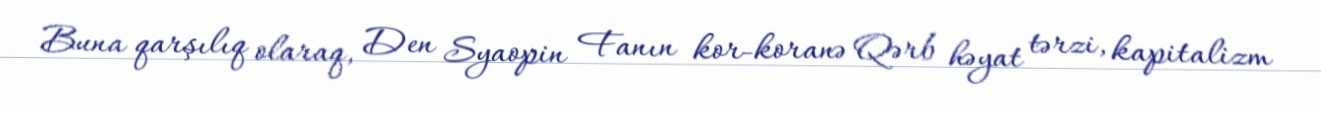
Buna qarşılıq olaraq, Den Syaopin Fanın kor-koranə Qərb həyat tərzi, kapitalizm